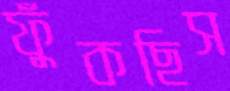
ফুঁকছিস